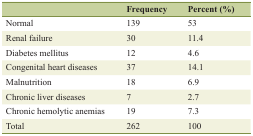
<table><thead><tr><td></td><td><b>Frequency</b></td><td><b>Percent (%)</b></td></tr></thead><tbody><tr><td>Normal</td><td>139</td><td>53</td></tr><tr><td>Renal failure</td><td>30</td><td>11.4</td></tr><tr><td>Diabetes mellitus</td><td>12</td><td>4.6</td></tr><tr><td>Congenital heart diseases</td><td>37</td><td>14.1</td></tr><tr><td>Malnutrition</td><td>18</td><td>6.9</td></tr><tr><td>Chronic liver diseases</td><td>7</td><td>2.7</td></tr><tr><td>Chronic hemolytic anemias</td><td>19</td><td>7.3</td></tr><tr><td>Total</td><td>262</td><td>100</td></tr></tbody></table>